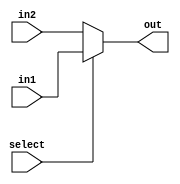
module Mux(in1,in2,select,out);
  input [15:0]in1,in2;
  input select;
  output [15:0]out;
  assign out = select? in1: in2;// select = 0, out = in1; select = 1, out = in2.
endmodule